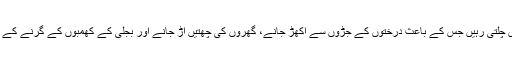
یورپی ملک پرتگال میں گزشتہ روز دن بھر طوفانی ہوائیں چلتی رہیں جس کے باعث درختوں کے جڑوں سے اکھڑ جانے، گھروں کی چھتیں اڑ جانے اور بجلی کے کھمبوں کے گرنے کے کئی واقعات رونما ہوئے جن میں 30 افراد ذخمی ہو گئے۔